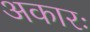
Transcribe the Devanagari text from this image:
अकारः